Report on the administration of the Government Cinchona Department 1892-98
Year: 1892
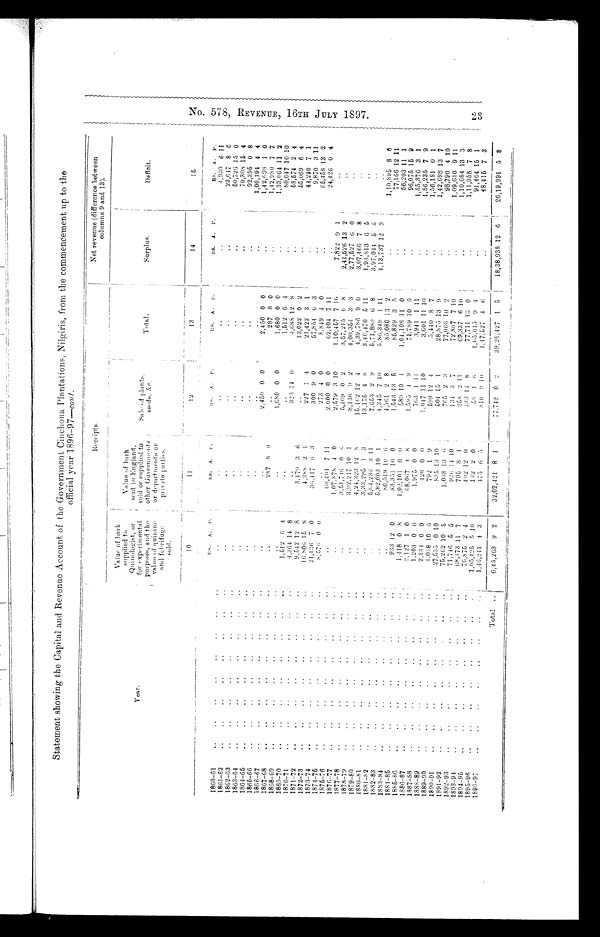
No. 578, REVENUE, 16TH JULY 1897 23
Statement showing the Capital and Revenue Account of the Government Cinchona Plantations, Nilgiris, from the commencement up to the
official year 1896-97—cont.
Year.
Receipts.
Net revenue (difference between
columns 9 and 13).
Value of bark
supplied to
Quinologist, or
for experimental
purposes, and the
value of quinine
and febrifuge
sold.
Value of bark
sent to England,
sold or supplied to
other Governments
or departments or
private parties.
Sale of plants,
seeds, &c.
Total.
Surplus.
Deficit.
10
11
12
13
14
15
Rs. A. P.
Rs. A.
P.
R s . A P
Rs. A.
P. R s .
A. P.
Rs.
A.
P .
1860-61
..
..
..
..
. .
. .
. .
..
..
..
..
..
..
4 , 9 3 0 6
1 1
1861-62
..
..
..
..
..
..
..
..
..
..
..
..
..
23,647 8
6
1862-63
..
..
..
..
..
..
..
..
..
..
..
..
..
50,726 15 0
1863-64
..
..
..
..
..
.. ..
..
..
..
..
..
70,808 15 4
1864-65
..
..
..
..
..
..
. .
. .
..
..
..
..
..
92,395 0 8
1865-66
.. ..
. .
..
..
..
..
..
..
. .
..
1,00,194 4 4
1866-67
..
. .
..
. .
. .
. .
..
. .
..
..
2.450 0 0
2,450 0 0
..
1,42,698 1 0
1867-68
..
..
..
..
. .
. .
..
..
..
287 8 0 ..
287 8 0
..
1,42,980 7 7
1868-69
. .
. .
. .
. .
. .
. .
. .
..
..
1,680 0 0
1,680 0 0
..
1,33,064 11 2
1869-70
. .
..
. .
. .
..
..
..
..
1,512 6 4
..
..
1,512 6 4
. .
80,047 10 10
1870-71
..
..
..
. .
..
..
..
..
4,364 14 8
. .
323 14 0
4,688 12 8
..
58,574 2 4
1871-72
..
..
..
. .
. .
. .
. .
9,542 12 8
3,479 3 6 ..
13,022 0 2
..
. .
55,069 6 4
1872-73
..
. .
. .
. .
. .
. .
..
..
16,806 15 8
4,388 2 1
227 1 4
21,422 3 1
44,240 7 1
1873-74
. .
. .
. .
. .
. .
. .
..
..
21,136 7 0
36,417 6 3
300 9 0
57,854 6 3
..
9,870 3 11
1874-75
. .
..
..
..
..
. .
..
..
8,576 0 0
. .
273 4 0
8,849 4 0
. .
65,458 13 2
1875-76
..
..
..
. .
..
. . ..
. .
..
60,404 7 11
2,000 0 0
62,404 7 11
24,426 0 4
1876-77
..
..
. .
..
. . . .
..
. .
..
. .
1,07,878 4 0
2,579 3 10
1,10,457 7 10
7,822 9 1
..
1877-78
..
. .
. . . . ..
. . . .
..
. .
. . . . . .
..
3,51,746 0 6
5,469 0 2
3,57,215 0 8
2,41,526 13 2
. . . .
1878-79
..
..
..
..
..
..
..
. .
. .
3,92,217 10
1
8,136 9 2
.4,00,354 3 3
2,77,527 6 0 ..
1879-80
. .
..
.. ..
..
. .
..
.. ..
4,24,323 12 8
15,462 12 4
4,39,786 9 0
3,07,466 7 8 ..
1880-81
. .
. .
. .
. .
. . ..
..
. .
..
3,33,295 1 3
13,175 4 8
3,46,470 5 11
1,93,813 6 5 ..
1881-82
..
..
. . ..
. .
..
..
.. ..
5,64,236 3 11
7,653 2 9
5,71,889 6 8
3,97,044 5 5
..
1882-83
..
..
. . ..
..
..
..
.. ..
5,82,003 10 1
4,345 7 10
5,86,349 1 11
4,13,737 12 9
..
1883-84
. .
. . ..
..
. . ..
. .
..
. .
80,519 10 6
4,561 2 8
85,080 13
1,10,895 8 6
1884-85
. .
. .
. .
. . ..
. .
. .
..
933 12 0
83,351 10 0
1,543 13 5
85,829 3 5
. .
77,166 12 11
1885-86
. . ..
. .
. .
. .
.. ..
..
1,418 0 8
1,02,101 0 0
589 10 4
1,04,108 11 0
56,203
11 1
1886-87
..
..
. .
. .
. .
..
..
..
2,127 1 0
68,067 4 8
1,595 4 9
71,789 10 5
. .
..
96,075 15 9
1887-88
. .
..
. .
. .
. . . .
. . ..
..
1,203 0 0
1,975 0 0
763 1 11
3,941 1 11
1,55,376 3 1
1888-89
..
..
..
. .
. .
. .
. .
..
2,134 0 0
420 0 0
1,047 11 10
3,601 11 10
. .
1,56,235 7 9
1889-90
..
..
.. ..
..
..
..
4,018 10 6
792 1 9
599 12 4
5,440 8 7
. .
1,56,181 0 1
1890-91
. . ..
. . ..
. .
. .
..
27,535 0 10
835 13 10
504 15 1
28,875 13 9
1,42698 ,
13 7
1891-92
. . ..
..
..
..
. .
. .
75,262 10 5
1,038 13 6
765 2 3
77,066 10 2
. .
98,790 4 10
1892-93
..
.. ..
..
..
..
.,
71,746 5 5
926 14 10
134 3 7
72,807 7 10
1,09,610 9 11
1893-94
..
..
..
..
..
..
..
. .
68,373 11 7
705 8 4
258 2 11
69,337 6 10
1,10,684 13 3
1894-95
..
..
..
. .
..
..
..
..
76,875 2 4
402 12 0
433 14 8
77,711 13 0
. .
1,11,058 7 8
1895-96
..
..
..
..
..
..
..
1,05,425 5 10
132 2 0
58 1 6
1,65,615 9 4
. .
91,464 15 1
1896-97
..
.. ..
..
..
..
..
..
1,46,241 4 3
475 6 5
810 9 10
1,47,527 4 6
. .
48,415 7 3
Total
6,45,263 9 2
32,02,421 8 1
77,742 0 2
39,25,427 1 5
18,38,938 12 6
26,19,991 5 8